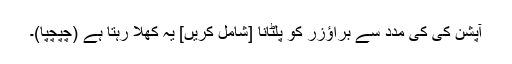
آپشن کی کی مدد سے براؤزر کو پلٹانا [شامل کریں] یہ کھلا رہتا ہے (چپچپا)۔